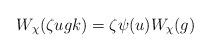
LaTeX: \begin{align*}W_{\chi} (\zeta u g k) = \zeta \psi(u) W_{\chi}(g)\end{align*}